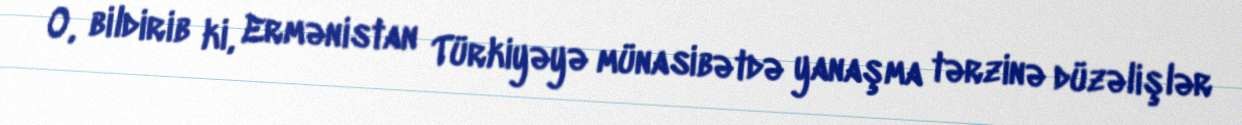
O, bildirib ki, Ermənistan Türkiyəyə münasibətdə yanaşma tərzinə düzəlişlər